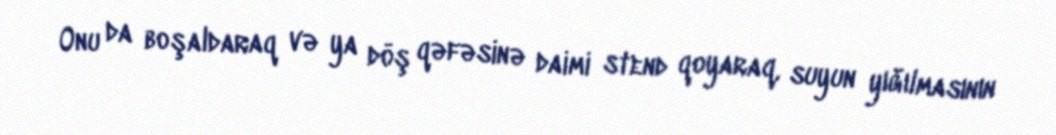
Onu da boşaldaraq və ya döş qəfəsinə daimi stend qoyaraq, suyun yığılmasının